Materia medica of Madras volume I
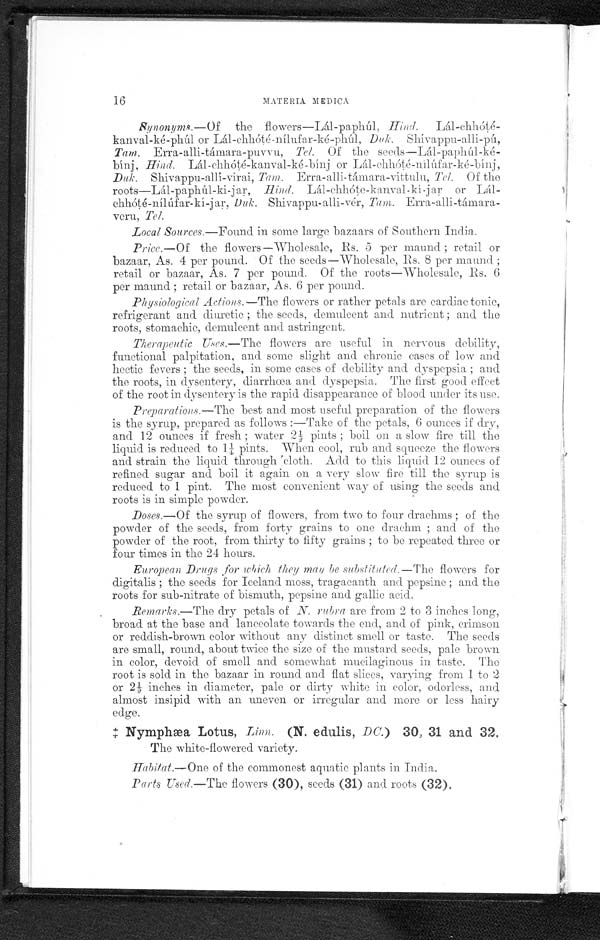
16
MATERIA MEDICA
Synonyms.—Of the flowers—Lál-paphúl, Hind.
Lál-chhóté-kanval-ké-phúl or Lál-chhóté-nílufar-ké-phúl. Duk. Shivappu-alli-pú
Tam. Erra-alli-támara-puvvu, Tel. Of the seeds—Lál-paphúl-ké-
bínj, Hind. Lál-chhóté-kanval-ké -bínj or Lál -chhóté-nílúfar-ké -bínj ,
Deck. Shivappu-alli-virai, Tam. Erra-alli-támara-vittulu, Tel. Of the
ar, H ind. Lál-chhóte-kanval- kí -j ar or Lál-
chhóté-nílúlfar-kí-jar, Duk. Shivappu-alli-vér, Tam.
E r r a - a l l i - t á m a r a - v e r u ,
T e l .
Local Sources.—Found in some large bazaars of Southern India.
Price.—Of the flowers—Wholesale, Rs. 5 per maund ; retail or
bazaar, As. 4 per pound. Of the seeds—Wholesale, Es. 8 per maund ;
retail or bazaar, As. 7 per pound. Of the roots—Wholesale, Es. 6
per maund ; retail or bazaar, As. 6 per pound.
Physiological Actions.—The flowers or rather petals are cardiac tonic,
refrigerant and diuretic ; the seeds, demulcent and nutrient ; and the
roots, stomachic, demulcent and astringent.
TherapeuticUses.—The flowers are useful in nervous debility,
functional palpitation, and some slight and chronic cases of low and
hectic fevers ; the seeds, in some cases of debility and dyspepsia ; and
the roots, in dysentery, diarrhœa and dyspepsia. The first good effect
of the root in dysentery is the rapid disappearance of blood under its use.
Preparations.—The best and most useful preparation of the flowers
is the syrup, prepared as follows :—Take of the petals, 6 ounces if dry,
and 12 ounces if fresh ; water 21 pints ; boil on a slow fire till the
liquid is reduced to 1¼ pints. When cool, rub and squeeze the flowers
and strain the liquid through ", cloth. Add to this liquid 12 ounces of
refined sugar and boil it again on a very slow fire till the syrup is
reduced to 1 pint. The most convenient way of using the seeds and
roots is in simple powder.
Doses.—Of the syrup of flowers, from two to four drachms ; of the
powder of the seeds, from forty grains to one drachm ; and of the
powder of the root, from thirty to fifty grains ; to be repeated three or
four times in the 24 hours.
European Drugs . for which they may be substituted.—The flowers for
digitalis ; the seeds for Iceland moss, tragacanth and. pepsine ; and the
roots for sub-nitrate of bismuth, pepsine and gallic acid.
Remarks.—The day petals of N. rub ea are from 2 to 3 inches long,
broad at the base and lanceolate towards the end, and of pink, crimson
or reddish-brown color without any distinct smell or taste. The seeds
are small, round, about twice the size of the mustard seeds, pale brown
in color, devoid of smell and somewhat mucilaginous in taste. The
root is sold in the bazaar in round and flat slices, varying from 1 to 2
or 2 inches in diameter, pale or dirty white in color, odorless, and
almost insipid with an uneven or irregular and more or less hairy
edge.
‡ N y m p h æ a L o t u s ,
L i n n .
( N .
e d u l i s ,
D C . )
3 0 , 3 1 a n d 3 2 .
The white-flowered variety.
Habitat.—One of the commonest aquatic plants in India.
Parts Used.—The flowers (30), seeds (31) and roots (32),